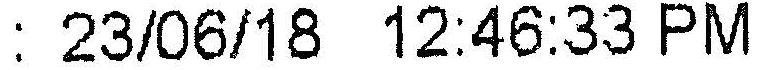
: 23/06/18 12:46:33 PM